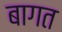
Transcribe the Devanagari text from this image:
बागत